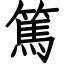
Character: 篤